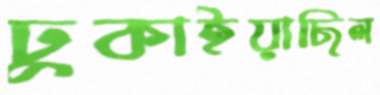
ঢুকাইয়াছিল